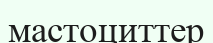
мастоциттер